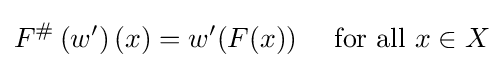
F^{\#}\left(w^{\prime }\right)(x)=w^{\prime }(F(x))\quad {\text{ for all }}x\in X